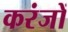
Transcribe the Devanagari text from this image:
करंजों